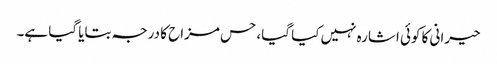
حیرانی کا کوئی اشارہ نہیں کیا گیا، حس مزاح کا درجہ بتایا گیا ہے۔